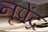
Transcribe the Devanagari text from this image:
नृपेंद्र